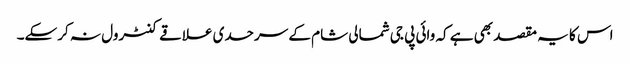
اس کا یہ مقصد بھی ہے کہ وائی پی جی شمالی شام کے سرحدی علاقے کنٹرول نہ کرسکے۔